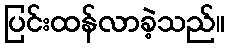
ပြင်းထန်လာခဲ့သည်။